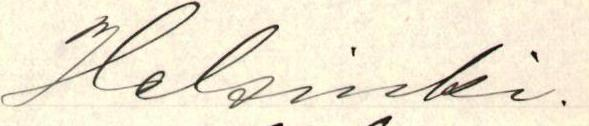
Helsinki.